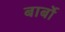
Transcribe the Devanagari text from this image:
बार्बो